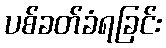
ပစ်ခတ်ခံရခြင်း